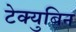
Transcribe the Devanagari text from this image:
टेक्युबिन